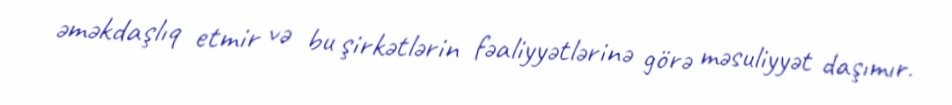
əməkdaşlıq etmir və bu şirkətlərin fəaliyyətlərinə görə məsuliyyət daşımır.